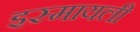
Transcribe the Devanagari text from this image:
इस्मायली